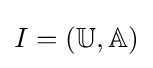
I=(\mathbb {U} ,\mathbb {A} )